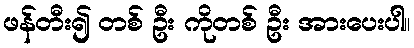
ဖန်တီး၍ တစ် ဦး ကိုတစ် ဦး အားပေးပါ။